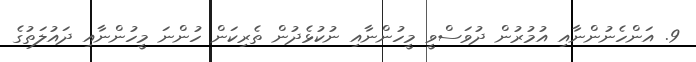
9. އަންހެނުންނާއި އުމުރުން ދުވަސްވީ މީހުންނާއި ނުކުޅެދުން ތެރިކަން ހުންނަ މީހުންނާއި ދައުލަތުގެ